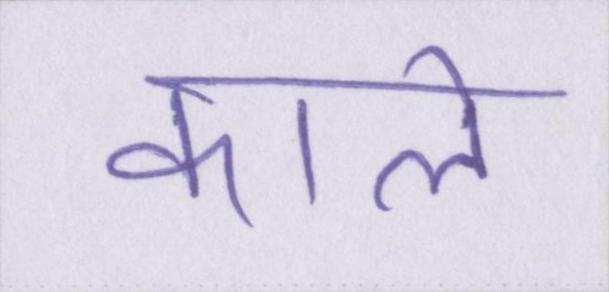
काले